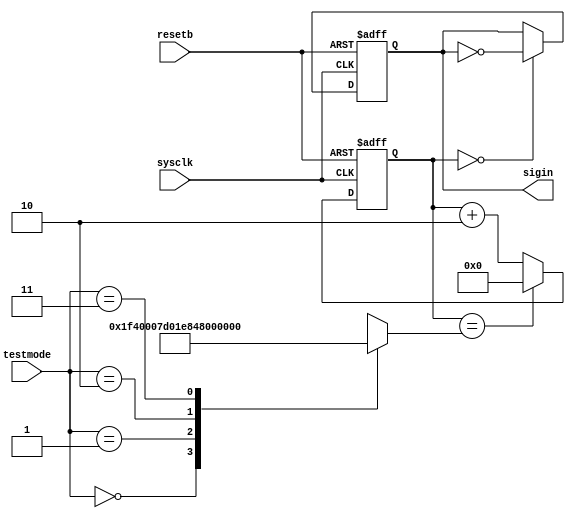
/*
sysclk : 	50MHz
resetb : 	
testmode :	00,01,10,11 3125,6250,50,12500Hz,SW1~SW0
sigin :		,testmode
*/

module signalinput(
	sysclk,
	resetb,
	testmode,
	sigin
);

input sysclk;
input resetb;
input [1:0] testmode;
output sigin;
reg [20:0] divide;

always @(*) begin
	case(testmode)
	2'b00 : divide=21'd16000; //3125Hz
	2'b01 : divide=21'd8000; //6250Hz
	2'b10 : divide=21'd1000000; //50Hz
	2'b11 : divide=21'd4000; //12500Hz
	endcase
end

reg sigin;
reg [20:0] state;
always @(posedge sysclk or negedge resetb) begin
	if(~resetb) begin
		sigin <= 1'b0;
		state <= 21'd0;
	end
	else begin
		if(state==divide)
			state <= 21'd0;
		else
			state <= state + 21'd2;
		sigin <= (state==21'd0) ? ~sigin : sigin;
	end
end
endmodule